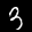
Label: 3